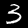
Digit: 3